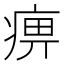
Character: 痹